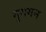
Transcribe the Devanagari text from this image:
मृगगन